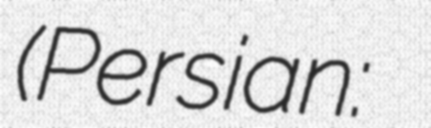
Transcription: (Persian: حسين